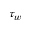
\tau _ { w }